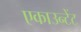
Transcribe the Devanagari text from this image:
एकाउन्टेंट